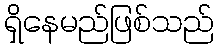
ရှိနေမည်ဖြစ်သည်